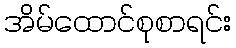
အိမ်ထောင်စုစာရင်း